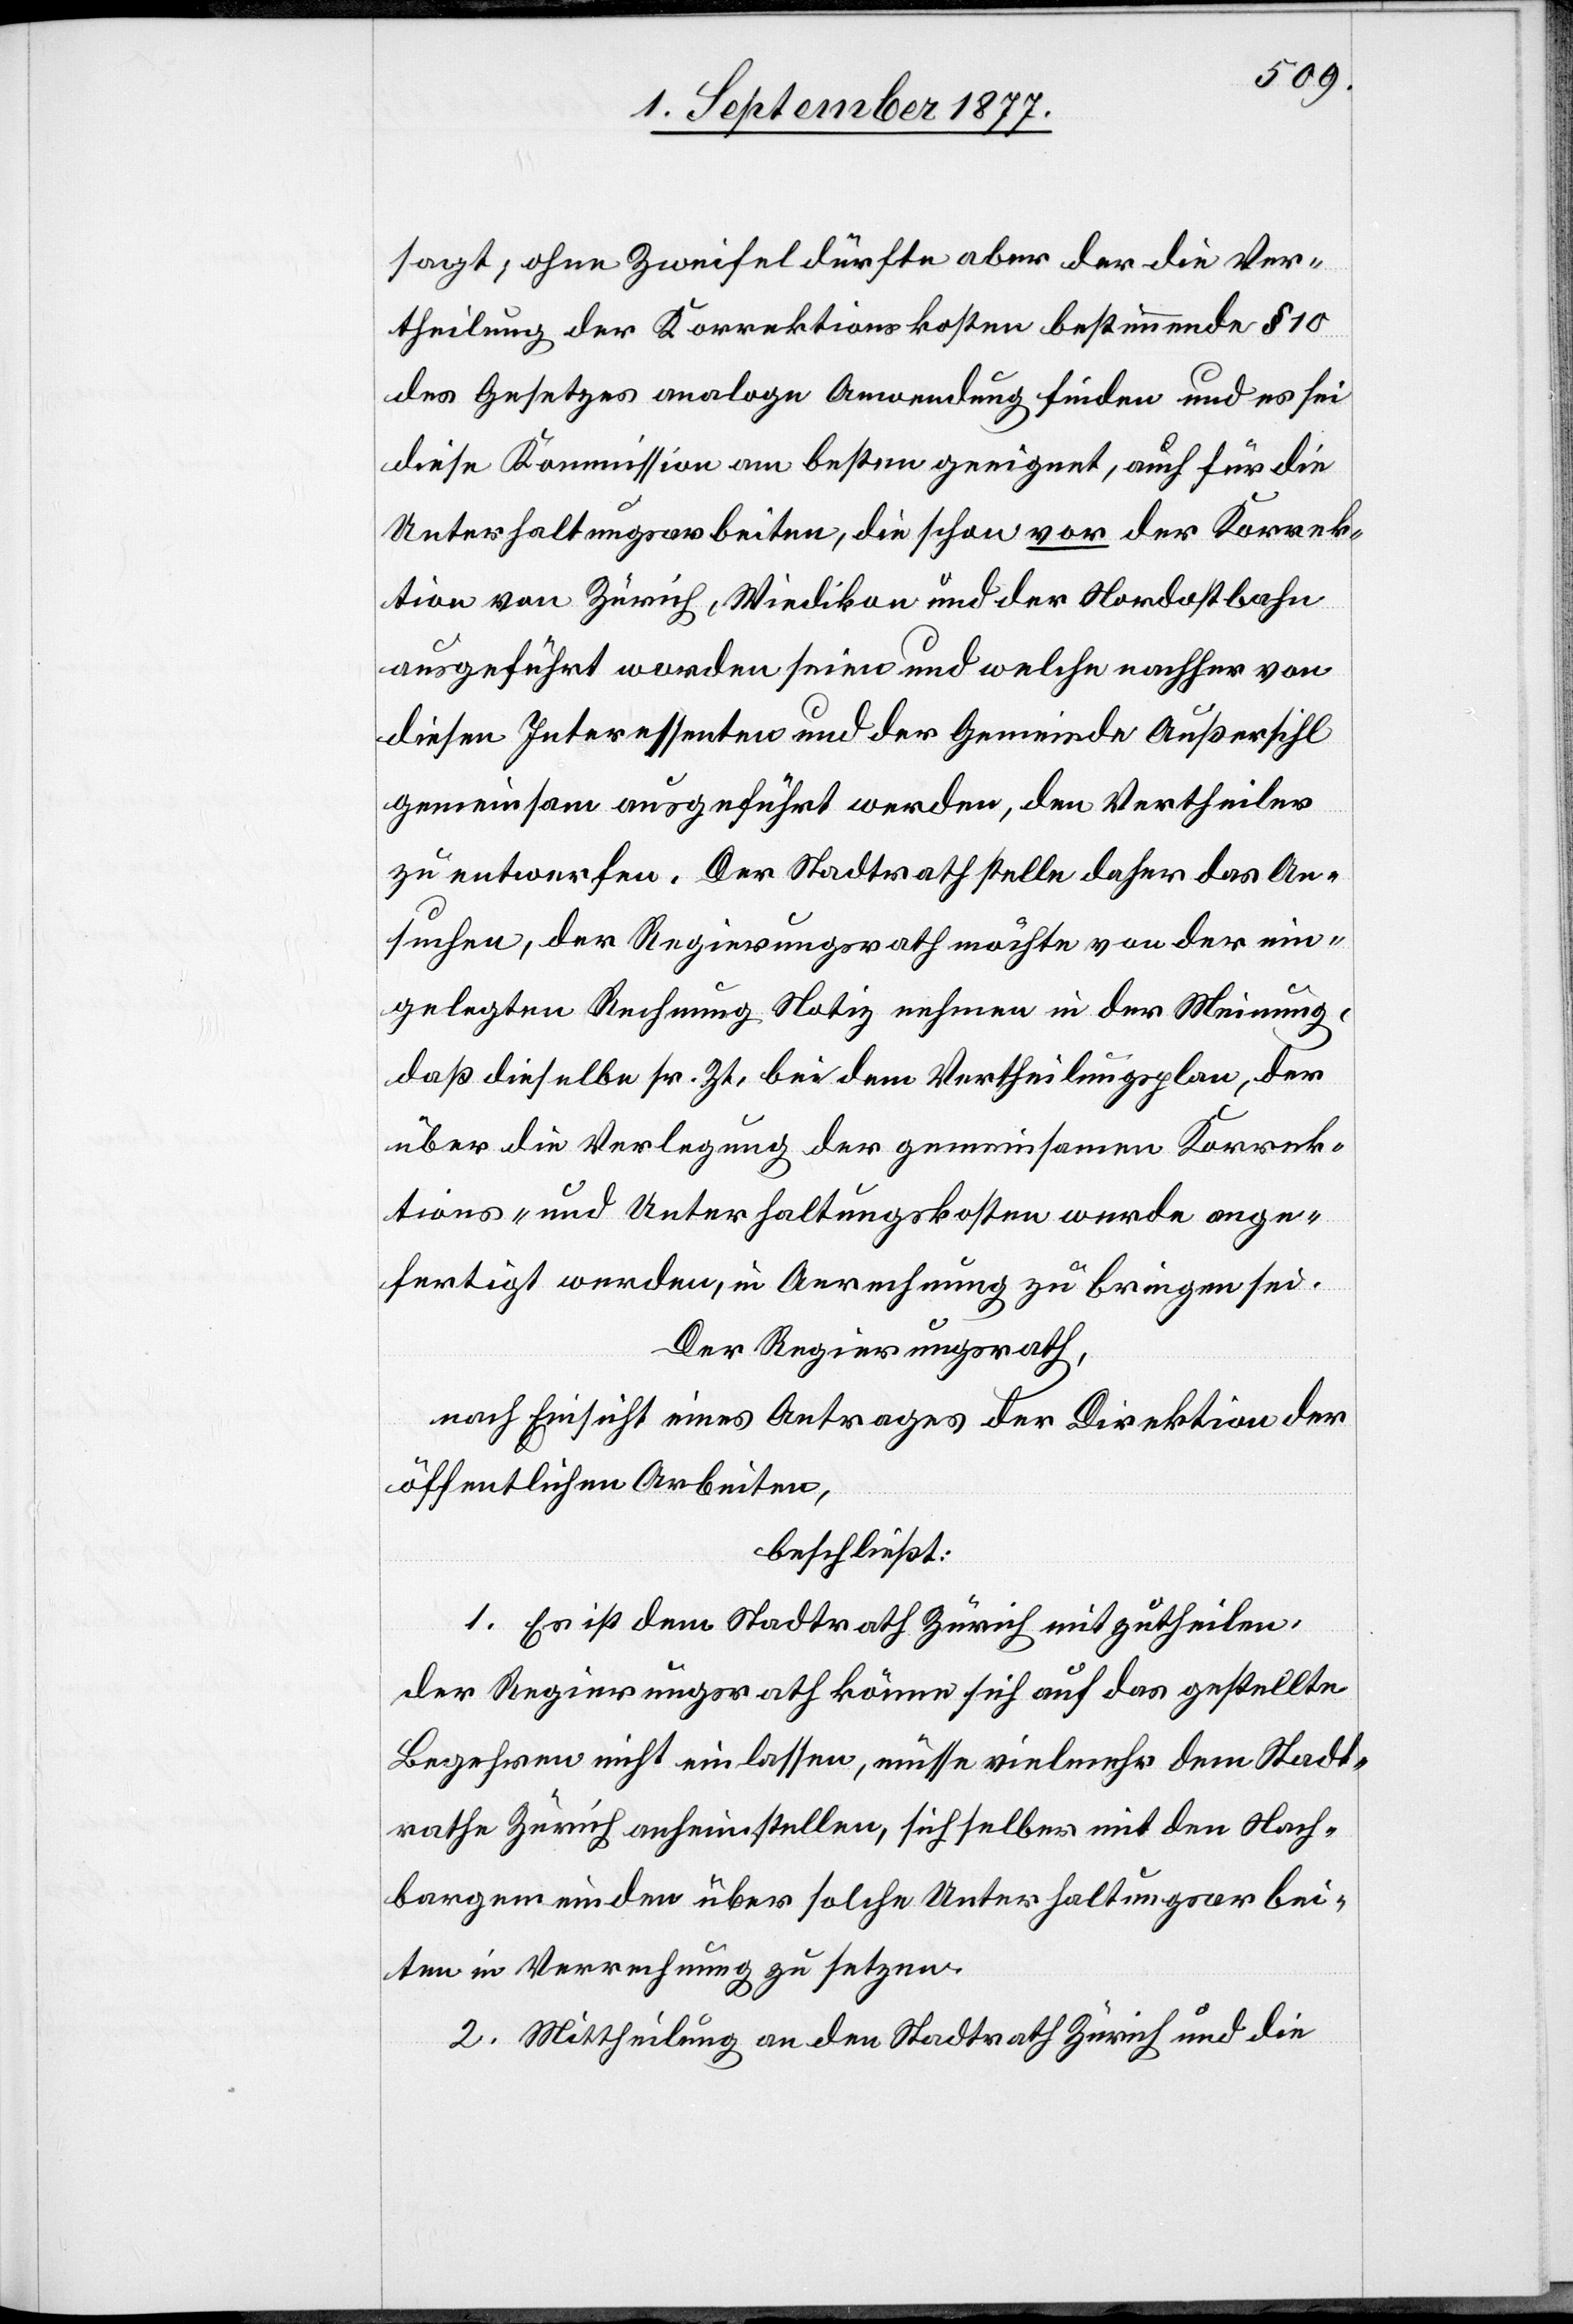
sagt; ohne Zweifel dürfte aber der die Ver¬
theilung der Korrektionskosten bestimmende § 10
des Gesetzes analoge Anwendung finden und es sei
diese Kommission am besten geeignet, auch für die
Unterhaltungsarbeiten, die schon vor der Korrek¬
tion von Zürich, Wiedikon und der Nordostbahn
ausgeführt worden seien und welche nachher von
diesen Interessenten und der Gemeinde Außersihl
gemeinsam ausgeführt werden, den Vertheiler
zu entwerfen. Der Stadtrath stelle daher das An¬
suchen, der Regierungsrath möchte von der ein¬
gelegten Rechnung Notiz nehmen in der Meinung,
daß dieselbe sr. Zt. bei dem Vertheilungsplan, der
über die Verlegung der gemeinsamen Korrek¬
tions- und Unterhaltungskosten werde ange¬
fertigt werden, in Anrechnung zu bringen sei.
Der Regierungsrath,
nach Einsicht eines Antrages der Direktion der
öffentlichen Arbeiten,
beschließt:
1. Es ist dem Stadtrath Zürich mitzutheilen,
der Regierungsrath könne sich auf das gestellte
Begehren nicht einlassen, müsse vielmehr dem Stadt¬
rathe Zürich anheimstellen, sich selber mit den Nach¬
bargemeinden über solche Unterhaltungsarbei¬
ten in Verrechnung zu setzen.
2. Mittheilung an den Stadtrath Zürich und die